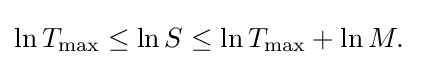
\ln T_{\max }\leq \ln S\leq \ln T_{\max }+\ln M.\